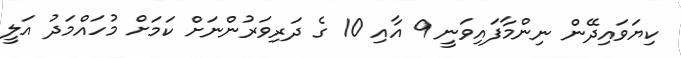
ކިޔަވައިދޭން ނިންމާފައިވަނީ 9 އާއި 10 ގެ ދަރިވަރުންނަށް ކަމަށް މުހައްމަދު އަލީ